Papers set at the Examination for Leaving Certificates, 1893
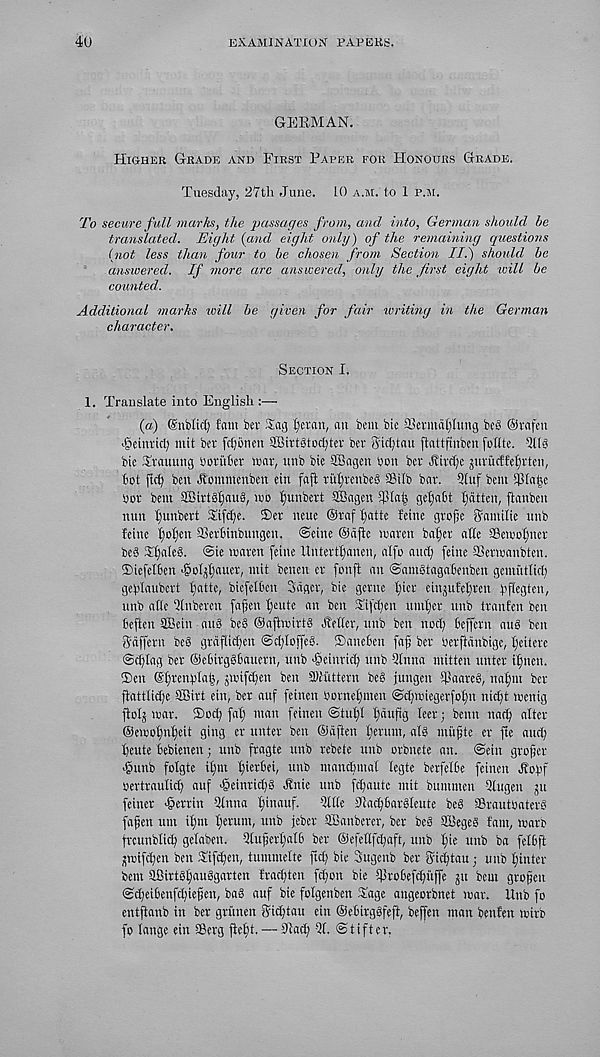
40
EXAMINATION PAPERS.
GERMAN.
Higher Grade and First Paper for Honours Grade.
Tuesday, 27th June. L0 a.m. to 1 p.m.
To secure full marks, the passages from, and into, German should be
translated. Eight (and eight only) of the remaining questions
(not less than four to be chosen from Section II.) should be
answered. If more arc answered, only the first eight ivill be
counted.
Additional marks loill be given for fair writing in the German
character.
Section I.
1. Translate into English :—
(a) (Snblid) fain bev Sag tyetan, an ban bie SSermafylung beS @vafai
■geinrtcfy mit bet fdjbnen SBirtStodjtef bet jiditau flattpnben follte. UllS
bic Stauung botubet wax, unb bie SBagen bon bet Jvivc(;c jnvucffe^vten,
tot ftdj ben jtommenben ein fafi tufjtenbeS SSilb bat. ?fnf ban ijllajse
«or bent SBirtSfjaug, mo Ijunbett SBagen 5pia| gefabt fatten, ftanben
nun f)unbett Sifcf;e. 5)et neuc ®raff)atte feine gtojje ffantilie unb
feine I)oI)cn aSetbinbungen. ©cine ©ajtc maten baf)ct atie SSciooI)ncr
be§ Scales, ©ie toaten (cine llntettl)anen, alfo and; feine aSetmanbien.
®iefeI6en ejjoljfjauet, mit benen ct fonft an ©amStagabenben geinhtlid)
geb'laubctt fjatte, biefelbcn Sager, bie getne fftet einjufelften bfiegten,
unb afie Qlnbeten fafjen fjeute an ben Sifdjen unifier unb tranfen ben
beften SBein anS beS ©afftoirtS Metier, unb ben nod) beffern au§ ben
gdffetn beS grdftidjen ©djIoffeS. ©aneben fajj bet Oetftdnbigc, Ifeiterc
©c^Iag bet ©ebitggbauern, unb >§einticf| unb 5lnna mitten unter ifnen.
©en @^renf)Ia|, jtoifcl)en ben 3)tuttern beS jungen 5Paateg, nafim bet
jtattlidje SBirt ein, bet auf feinen oornef)men ©d;miegerfot)n nid)t wenig
ftolj mat. ©od^ fat; man feinen ©tul)I l)dufig leer; benn nad) alter
©emofmfieit ging er unter ben ©dften Ifetum, all mufte er fte and;
Dcute bebienen; unb fragte unb rebete unb orbnete an. ©ein grofjer
^unb folgte il)in ^ietbei, unb mandjmal legte betfelbe feinen dtobf
Oertraulicf) auf >§einrid)§ dtnie unb fdfautc mit bummen -2lugen ju
feinct Herrin Qlnna tfinauf. 'll lie Utac^bargleute beg SBrautoaterg
fafjen um il)m Ijetum, unb jebet SBanberet, bet bed SBegeg fam, matb
ftcunblid; gelaben. 2tuferl)alb bet ©efeHfc^aft, unb l)ie unb ba felbft
jmifdjen ben Sifdfen, tummelte ftc^ bie Sugenb bet gi^tau; unb fjinter
bent 28ittSl)auggattcn frac^ten fd;on bie Ultobefdjuffe jit bent gtopen
©d)eibenfd;iefett, bag auf bie folgenbett Sage angeorbnet mat. Unb fo
entftanb in bet gttinen Sidjtau ein ©efiitggfefi, beffen man benfen mitb
fo lange ein ©erg jtef)t, — 9tad) 21. ©tifter.